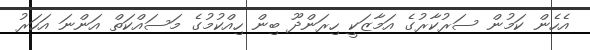
އެހެން ކަމުން ސަރުކާރުގެ އަމާޒަކީ ހިރަންދޫ ބިން ހިއްކުމުގެ މަސައްކަތް އަންނަ އަހަރު